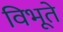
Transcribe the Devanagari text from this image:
विभूते